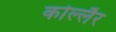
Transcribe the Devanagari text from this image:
कोल्लैर